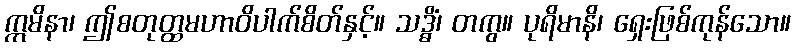
ဣမိနာ၊ ဤစတုတ္ထမဟာဝိပါက်စိတ်နှင့်။ သဒ္ဓိံ၊ တကွ။ ပုရိမာနိ၊ ရှေးဖြစ်ကုန်သော။